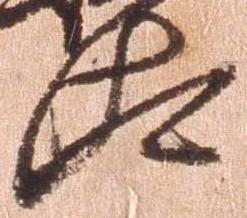
汰